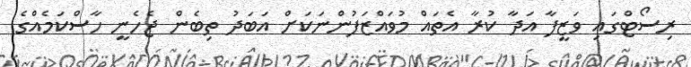
ރިސޯޓްގައި ވަޒީފާ އަދާ ކުރާ އެތައް މުވައްޒަފުންނަކަށް އަބަދު ތިބެން ޖެހެނީ ހާސްކަމެއްގެ